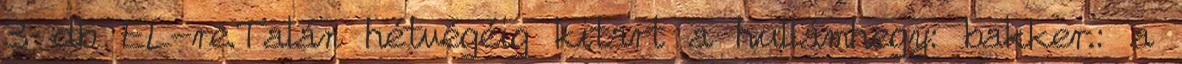
3 db EL-re.Talán hétvégéig kitart a hullámhegy: bakker.: a